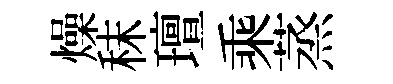
燥秣璮乘蒸